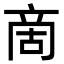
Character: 啇